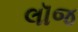
લૉજ